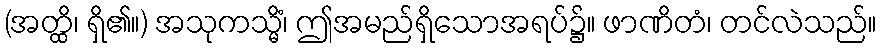
(အတ္ထိ၊ ရှိ၏။) အသုကသ္မိံ၊ ဤအမည်ရှိသောအရပ်၌။ ဖာဏိတံ၊ တင်လဲသည်။